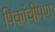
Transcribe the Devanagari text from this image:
पिकांचीपण